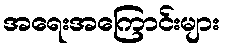
အရေးအကြောင်းများ